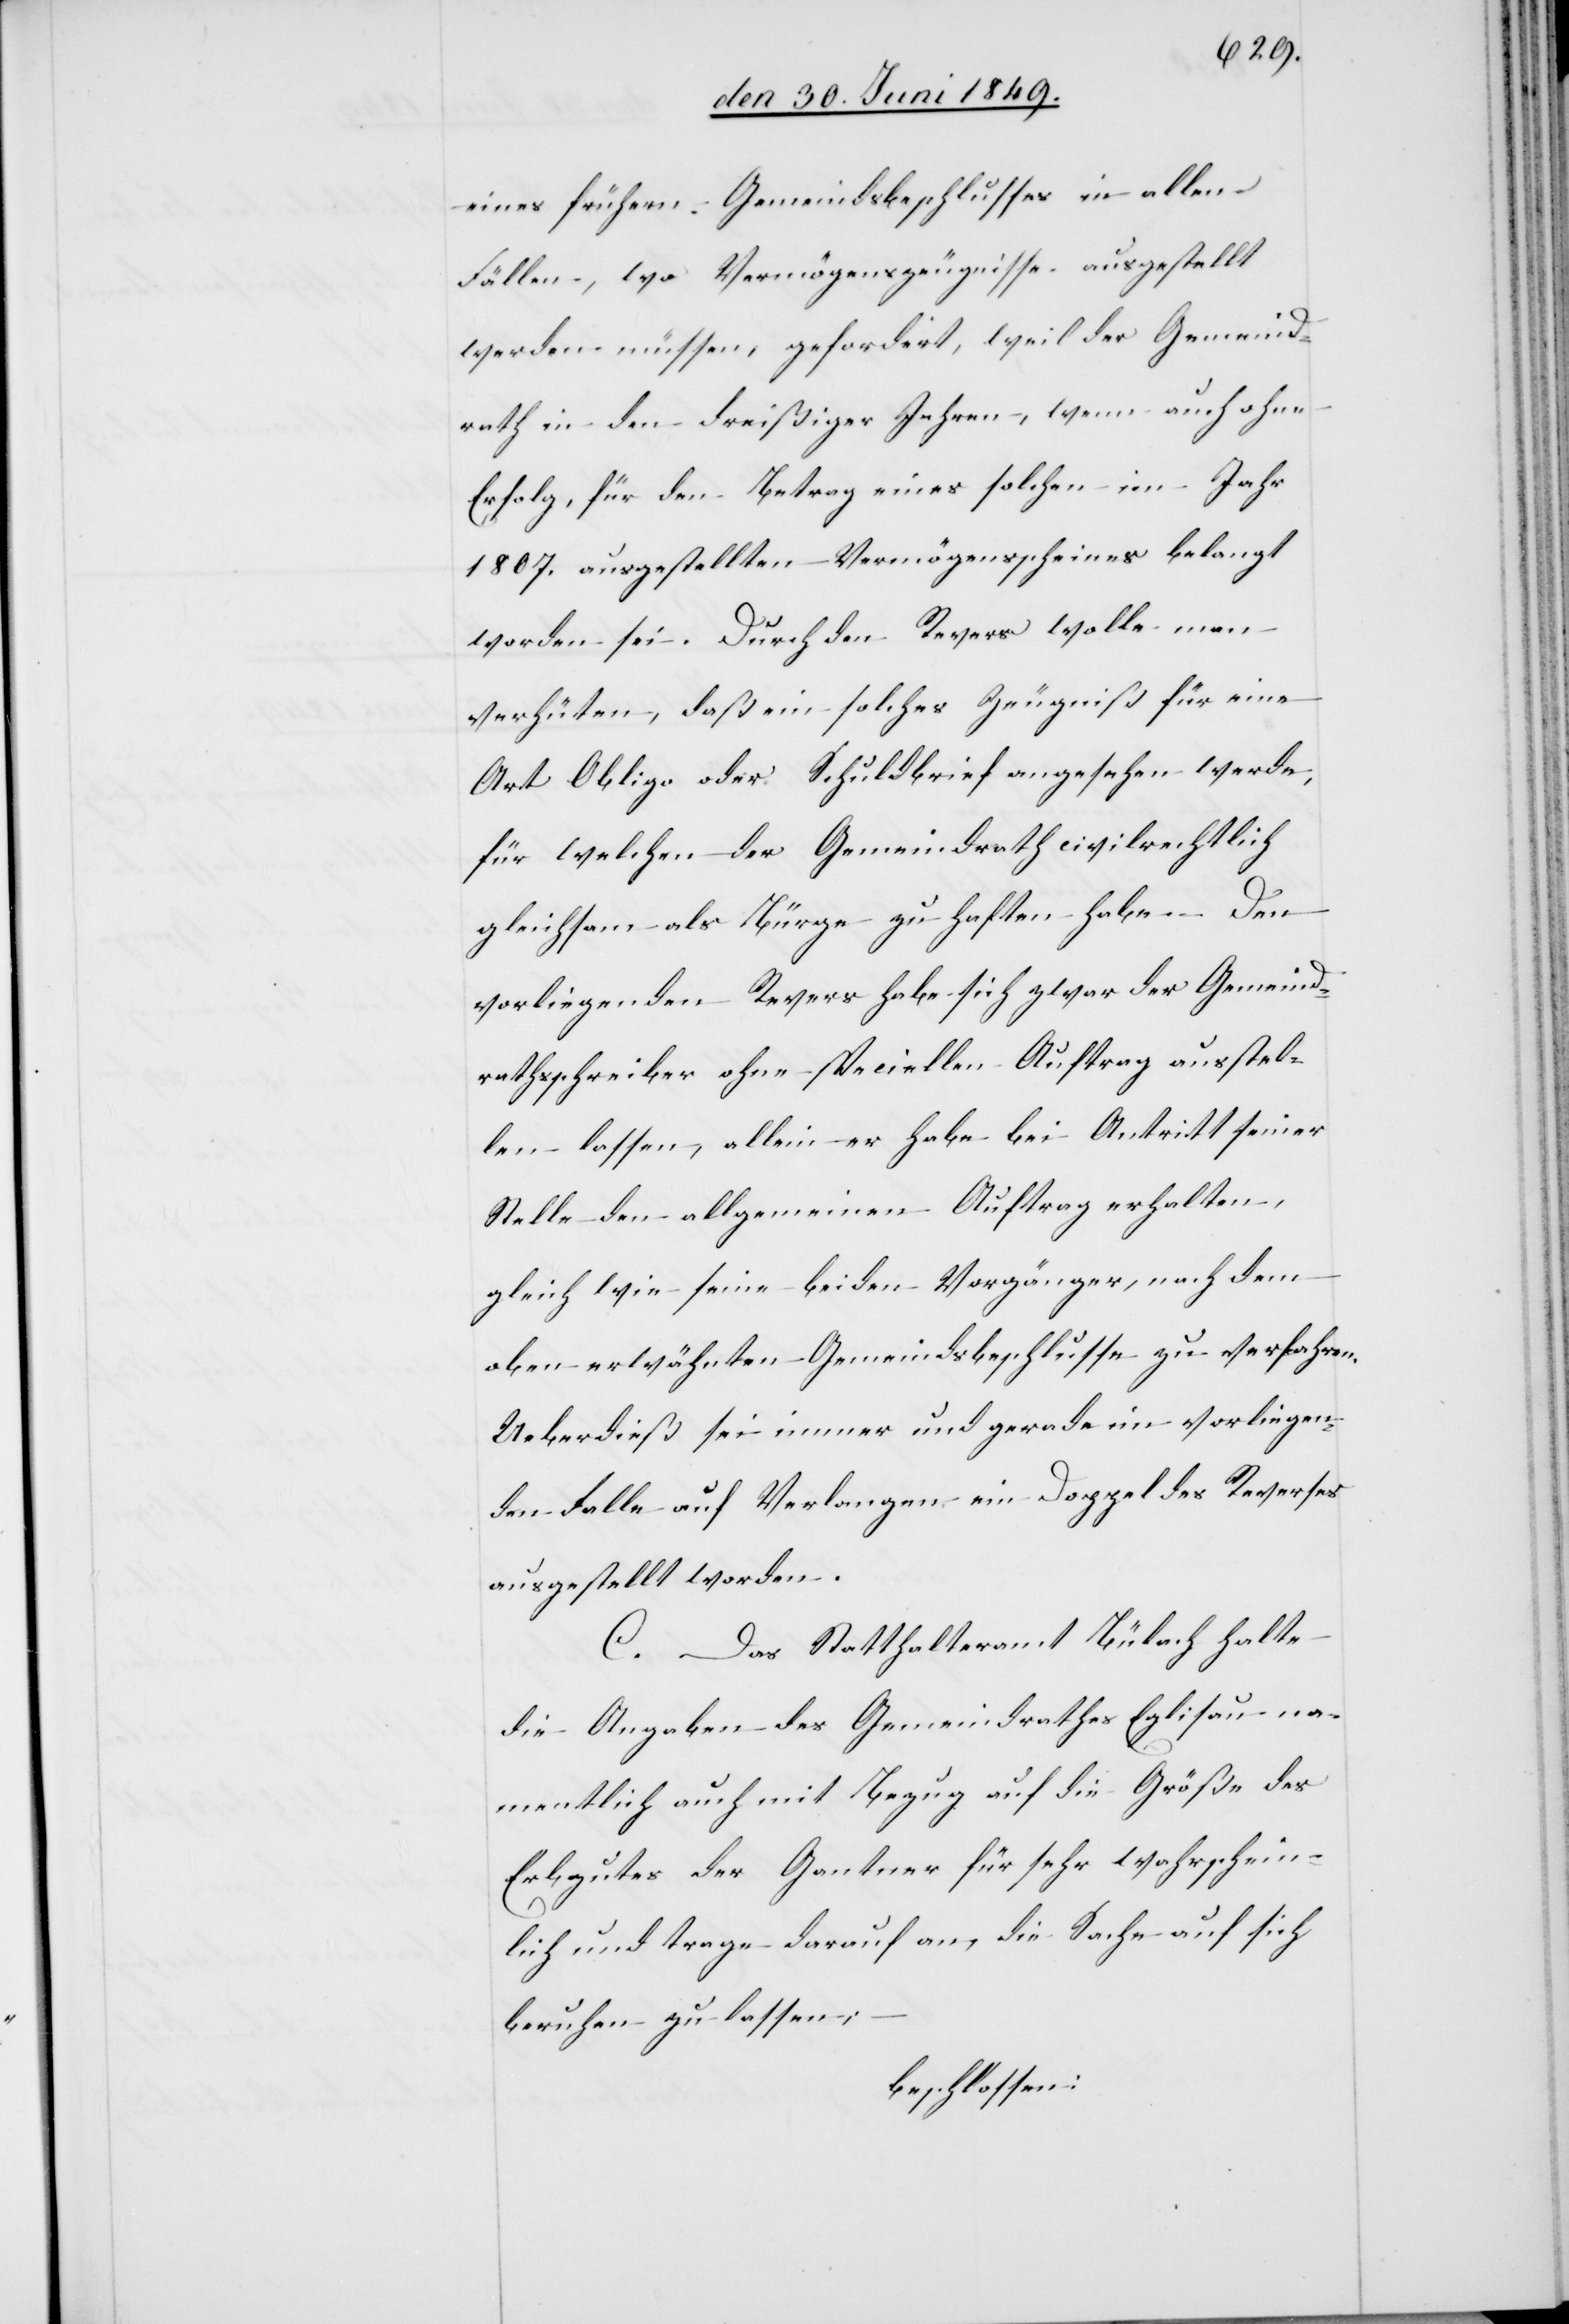
eines frühern Gemeindsbeschlusses in allen
Fällen, wo Vermögenszeugnisse ausgestellt
werden müssen, gefordert, weil der Gemeind¬
rath in den dreißiger Jahren, wenn auch ohne
Erfolg, für den Betrag eines solchen im Jahr
1807. ausgestellten Vermögensscheines belangt
worden sei. Durch den Revers wolle man
verhüten, daß ein solches Zeugniß für eine
Art Obligo oder Schuldbrief angesehen werde,
für welchen der Gemeindrath civilrechtlich
gleichsam als Bürge zu haften habe. Den
vorliegenden Revers habe sich zwar der Gemeind¬
rathsschreiber ohne speciellen Auftrag ausstel¬
len lassen, allein er habe bei Antritt seiner
Stelle den allgemeinen Auftrag erhalten,
gleich wie seine beiden Vorgänger, nach dem
oben erwähnten Gemeindsbeschlusse zu verfahren.
Ueberdieß sei immer und gerade im vorliegen¬
den Falle auf Verlangen ein Doppel des Reverses
ausgestellt worden.
C. Das Statthalteramt Bülach halte
die Angaben des Gemeindrathes Eglisau na¬
mentlich auch mit Bezug auf die Größe des
Erbgutes der Gantner für sehr wahrschein¬
lich und trage darauf an, die Sache auf sich
beruhen zu lassen;
beschlossen: